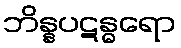
ဘိန္နပဋန္ဓရော